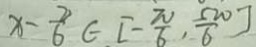
x - \frac { 2 } { 6 } \in [ - \frac { \pi } { 6 } , \frac { 5 \pi } { 6 } ]